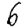
Digit: 6